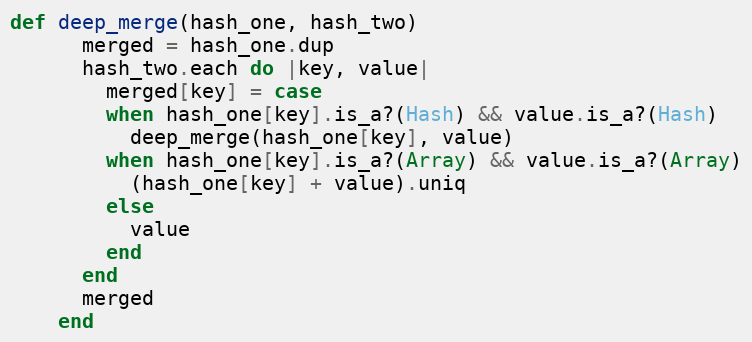
Language: Ruby
def deep_merge(hash_one, hash_two)
      merged = hash_one.dup
      hash_two.each do |key, value|
        merged[key] = case
        when hash_one[key].is_a?(Hash) && value.is_a?(Hash)
          deep_merge(hash_one[key], value)
        when hash_one[key].is_a?(Array) && value.is_a?(Array)
          (hash_one[key] + value).uniq
        else
          value
        end
      end
      merged
    end